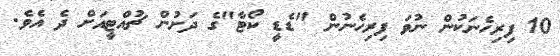
10 ފިރިހެނަކުން ނުވަ ފިރިހެނުން "ޑެޑީ ކޯޓާ"ގެ ދަށުން ޗުއްޓީއަށް ދެ އެވެ.